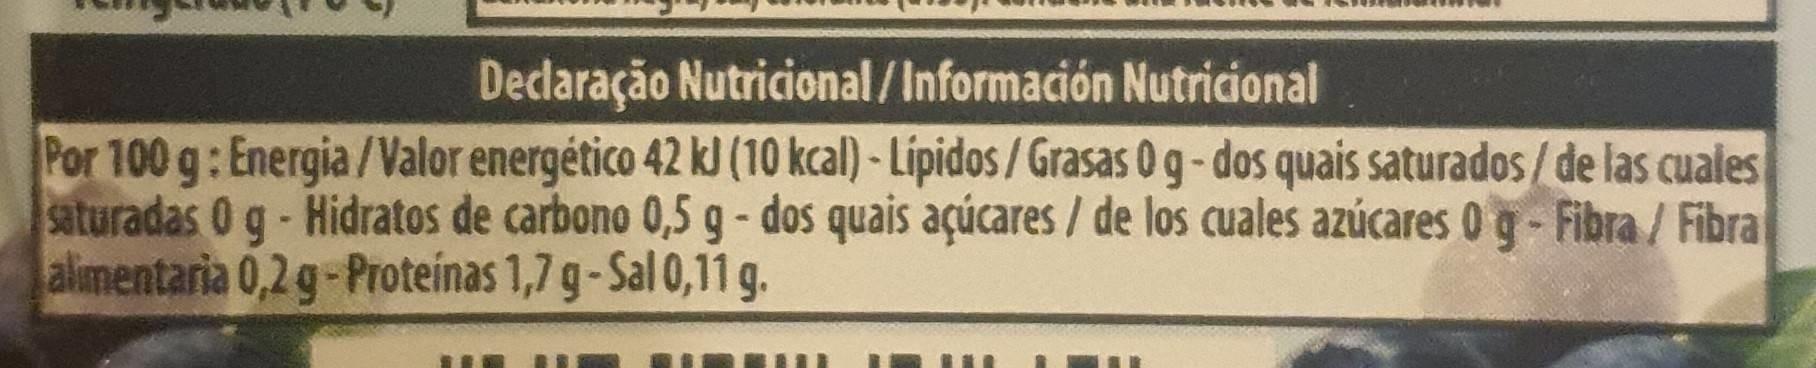
Declaração Nutricional/Información Nutricional
Por 100 g: Energia/Valor energético 42 kl (10 kcal) - Lipidos / Grasas 0 g-dos quais saturados/ de las cuales saturadas 0 g- Hidratos de carbono 0,5 g- dos quais açúcares / de los cuales azúcares 0 g- Fibra / Fibra alimentaria 0,2 g-Proteinas 1,7 g-Sal 0,11 g.